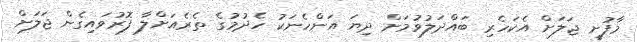
މާފުށީ ޖަލަށް އެކަހެރި ބައްދަލުވުމަށް ދިޔަ އަންހެނަކު ހެދުމުގެ ތެރެއަށްލާ ފޮރުވައިގެން ޖަލަށް